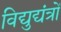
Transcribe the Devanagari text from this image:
विद्युद्यंत्रों